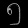
Digit: ၅